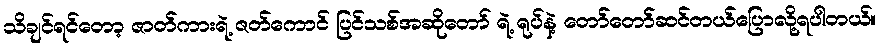
သိချင်ရင်တော့ ဇာတ်ကားရဲ့ ဇတ်ကောင် ပြင်သစ်အဆိုတော် ရဲ့ ရုပ်နဲ့ တော်တော်ဆင်တယ်ပြောလို့ရပါတယ်။